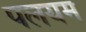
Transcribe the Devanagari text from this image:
पलयम